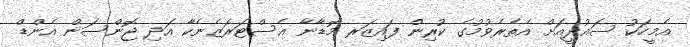
އެމީހަކު ސައުދީއަށް އެތެރެވުމުގެ ކުރިން ފައިޒަރ މޮޑާނާ އެސްޓަރަޒެނެކާ އަދި ޖޮންސަން އެންޑް